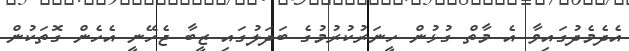
އެދެމެދުގައިވާ އެ މާތް ގުޅުން ހީނަރުކުރުމުގެ ބަދަލުގައި ޒީބާ ޖެހޭނީ އެހެން ގޮތަކުން